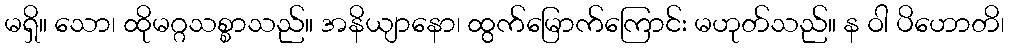
မရှိ။ သော၊ ထိုမဂ္ဂသစ္စာသည်။ အနိယျာနော၊ ထွက်မြောက်ကြောင်း မဟုတ်သည်။ န ဝါ ပိဟောတိ၊